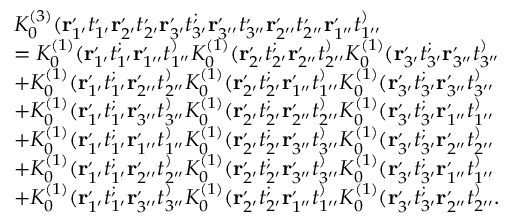
\begin{array} { r l } & { K _ { 0 } ^ { ( 3 ) } ( \mathbf { r } _ { 1 ^ { \prime } } ^ , t _ { 1 ^ { \prime } } ^ , \mathbf { r } _ { 2 ^ { \prime } } ^ , t _ { 2 ^ { \prime } } ^ , \mathbf { r } _ { 3 ^ { \prime } } ^ , t _ { 3 ^ { \prime } } ^ ; \mathbf { r } _ { 3 ^ { \prime \prime } } ^ , t _ { 3 ^ { \prime \prime } } ^ , \mathbf { r } _ { 2 ^ { \prime \prime } } ^ , t _ { 2 ^ { \prime \prime } } ^ , \mathbf { r } _ { 1 ^ { \prime \prime } } ^ , t _ { 1 ^ { \prime \prime } } ^ ) } \\ & { = K _ { 0 } ^ { ( 1 ) } ( \mathbf { r } _ { 1 ^ { \prime } } ^ , t _ { 1 ^ { \prime } } ^ ; \mathbf { r } _ { 1 ^ { \prime \prime } } ^ , t _ { 1 ^ { \prime \prime } } ^ ) K _ { 0 } ^ { ( 1 ) } ( \mathbf { r } _ { 2 ^ { \prime } } ^ , t _ { 2 ^ { \prime } } ^ ; \mathbf { r } _ { 2 ^ { \prime \prime } } ^ , t _ { 2 ^ { \prime \prime } } ^ ) K _ { 0 } ^ { ( 1 ) } ( \mathbf { r } _ { 3 ^ { \prime } } ^ , t _ { 3 ^ { \prime } } ^ ; \mathbf { r } _ { 3 ^ { \prime \prime } } ^ , t _ { 3 ^ { \prime \prime } } ^ ) } \\ & { + K _ { 0 } ^ { ( 1 ) } ( \mathbf { r } _ { 1 ^ { \prime } } ^ , t _ { 1 ^ { \prime } } ^ ; \mathbf { r } _ { 2 ^ { \prime \prime } } ^ , t _ { 2 ^ { \prime \prime } } ^ ) K _ { 0 } ^ { ( 1 ) } ( \mathbf { r } _ { 2 ^ { \prime } } ^ , t _ { 2 ^ { \prime } } ^ ; \mathbf { r } _ { 1 ^ { \prime \prime } } ^ , t _ { 1 ^ { \prime \prime } } ^ ) K _ { 0 } ^ { ( 1 ) } ( \mathbf { r } _ { 3 ^ { \prime } } ^ , t _ { 3 ^ { \prime } } ^ ; \mathbf { r } _ { 3 ^ { \prime \prime } } ^ , t _ { 3 ^ { \prime \prime } } ^ ) } \\ & { + K _ { 0 } ^ { ( 1 ) } ( \mathbf { r } _ { 1 ^ { \prime } } ^ , t _ { 1 ^ { \prime } } ^ ; \mathbf { r } _ { 3 ^ { \prime \prime } } ^ , t _ { 3 ^ { \prime \prime } } ^ ) K _ { 0 } ^ { ( 1 ) } ( \mathbf { r } _ { 2 ^ { \prime } } ^ , t _ { 2 ^ { \prime } } ^ ; \mathbf { r } _ { 2 ^ { \prime \prime } } ^ , t _ { 2 ^ { \prime \prime } } ^ ) K _ { 0 } ^ { ( 1 ) } ( \mathbf { r } _ { 3 ^ { \prime } } ^ , t _ { 3 ^ { \prime } } ^ ; \mathbf { r } _ { 1 ^ { \prime \prime } } ^ , t _ { 1 ^ { \prime \prime } } ^ ) } \\ & { + K _ { 0 } ^ { ( 1 ) } ( \mathbf { r } _ { 1 ^ { \prime } } ^ , t _ { 1 ^ { \prime } } ^ ; \mathbf { r } _ { 1 ^ { \prime \prime } } ^ , t _ { 1 ^ { \prime \prime } } ^ ) K _ { 0 } ^ { ( 1 ) } ( \mathbf { r } _ { 2 ^ { \prime } } ^ , t _ { 2 ^ { \prime } } ^ ; \mathbf { r } _ { 3 ^ { \prime \prime } } ^ , t _ { 3 ^ { \prime \prime } } ^ ) K _ { 0 } ^ { ( 1 ) } ( \mathbf { r } _ { 3 ^ { \prime } } ^ , t _ { 3 ^ { \prime } } ^ ; \mathbf { r } _ { 2 ^ { \prime \prime } } ^ , t _ { 2 ^ { \prime \prime } } ^ ) } \\ & { + K _ { 0 } ^ { ( 1 ) } ( \mathbf { r } _ { 1 ^ { \prime } } ^ , t _ { 1 ^ { \prime } } ^ ; \mathbf { r } _ { 2 ^ { \prime \prime } } ^ , t _ { 2 ^ { \prime \prime } } ^ ) K _ { 0 } ^ { ( 1 ) } ( \mathbf { r } _ { 2 ^ { \prime } } ^ , t _ { 2 ^ { \prime } } ^ ; \mathbf { r } _ { 3 ^ { \prime \prime } } ^ , t _ { 3 ^ { \prime \prime } } ^ ) K _ { 0 } ^ { ( 1 ) } ( \mathbf { r } _ { 3 ^ { \prime } } ^ , t _ { 3 ^ { \prime } } ^ ; \mathbf { r } _ { 1 ^ { \prime \prime } } ^ , t _ { 1 ^ { \prime \prime } } ^ ) } \\ & { + K _ { 0 } ^ { ( 1 ) } ( \mathbf { r } _ { 1 ^ { \prime } } ^ , t _ { 1 ^ { \prime } } ^ ; \mathbf { r } _ { 3 ^ { \prime \prime } } ^ , t _ { 3 ^ { \prime \prime } } ^ ) K _ { 0 } ^ { ( 1 ) } ( \mathbf { r } _ { 2 ^ { \prime } } ^ , t _ { 2 ^ { \prime } } ^ ; \mathbf { r } _ { 1 ^ { \prime \prime } } ^ , t _ { 1 ^ { \prime \prime } } ^ ) K _ { 0 } ^ { ( 1 ) } ( \mathbf { r } _ { 3 ^ { \prime } } ^ , t _ { 3 ^ { \prime } } ^ ; \mathbf { r } _ { 2 ^ { \prime \prime } } ^ , t _ { 2 ^ { \prime \prime } } ^ ) . } \end{array}